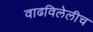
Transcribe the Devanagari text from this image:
वाढविलेलीच